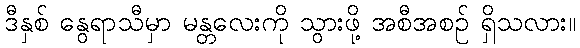
ဒီနှစ် နွေရာသီမှာ မန္တလေးကို သွားဖို့ အစီအစဉ် ရှိသလား။